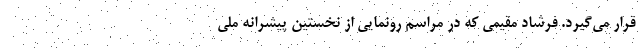
قرار می‌گیرد. فرشاد مقیمی که در مراسم رونمایی از نخستین پیشرانه ملی